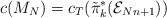
\begin{align*}c(M_{N})= c_{T}(\tilde{\pi}_{k}^{*}({\cal E}_{Nn+1}))\end{align*}